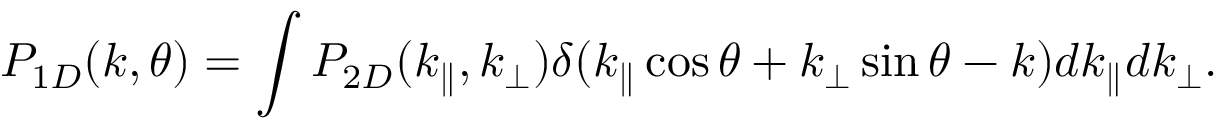
P _ { 1 D } ( k , \theta ) = \int P _ { 2 D } ( k _ { \parallel } , k _ { \perp } ) \delta ( k _ { \parallel } \cos \theta + k _ { \perp } \sin \theta - k ) d k _ { \parallel } d k _ { \perp } .